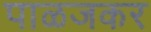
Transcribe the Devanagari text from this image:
पाळजकर